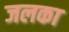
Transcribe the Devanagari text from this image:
जलका